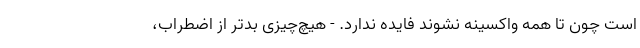
است چون تا همه واکسینه نشوند فایده ندارد. - هیچ‌چیزی بدتر از اضطراب،